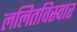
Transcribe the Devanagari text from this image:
ललितविस्वार